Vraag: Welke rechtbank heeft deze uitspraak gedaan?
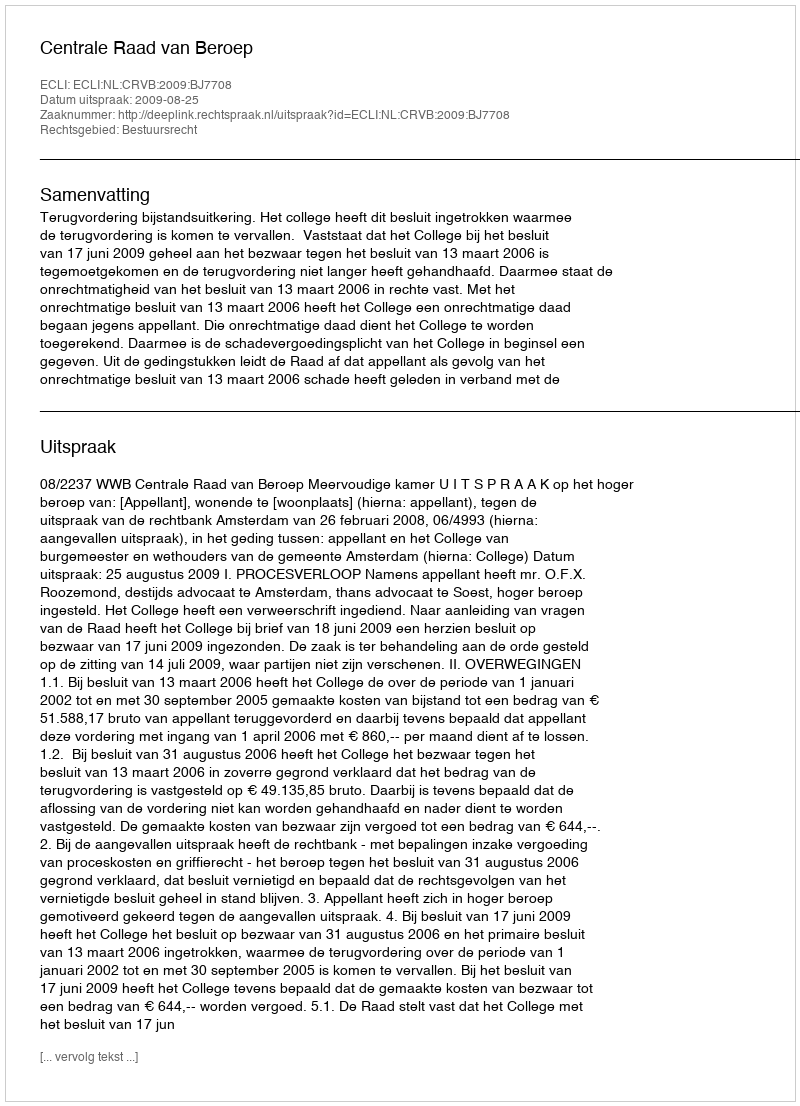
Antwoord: Centrale Raad van Beroep